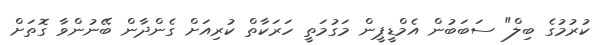
ކުރުމުގެ ބިލް" ސަބަބުން އެމްޑީޕީން މަގުމަތީ ހަރަކާތް ކުރިއަށް ގެންދާން ބޭނުންވާ ގޮތަށް